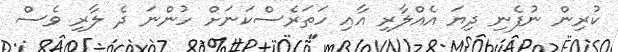
ކުރިން ނުފެނި ދިޔަ އެއްލާރި އާއި ހަތަރެސްކަނަށް ހުންނަ ދެ ލާރި ވެސް